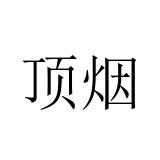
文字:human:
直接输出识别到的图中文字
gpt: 顶烟